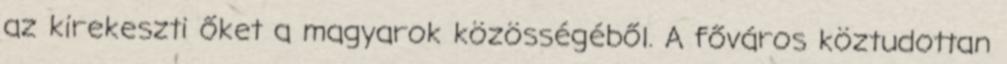
az kirekeszti őket a magyarok közösségéből. A főváros köztudottan